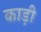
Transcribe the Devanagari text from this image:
काड़ी